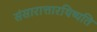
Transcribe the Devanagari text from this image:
संसारात्तारयिष्यति